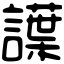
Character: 䜓